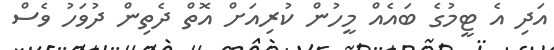
އަދި އެ ޓީމުގެ ބައެއް މީހުން ކުރިއަށް އޮތް ދެތިން ދުވަހު ވެސް